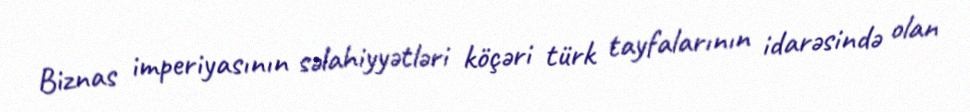
Biznas imperiyasının səlahiyyətləri köçəri türk tayfalarının idarəsində olan